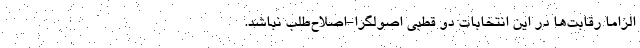
الزاما رقابت‌ها در این انتخابات دو قطبی اصولگرا-اصلاح‌طلب نباشد.